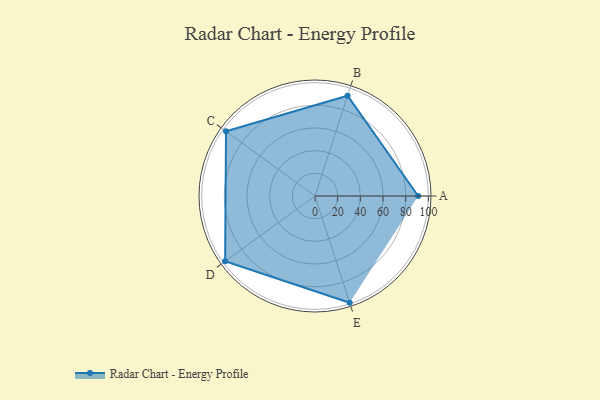
{"axis": {"x": "Skill", "y": "Score"}, "legend": ["Profile"], "data": [{"x": "A", "y": 91.0, "type": "Profile"}, {"x": "B", "y": 93.0, "type": "Profile"}, {"x": "C", "y": 97.0, "type": "Profile"}, {"x": "D", "y": 98.0, "type": "Profile"}, {"x": "E", "y": 99, "type": "Profile"}]}